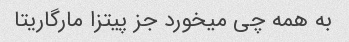
به همه چی میخورد جز پیتزا مارگاریتا